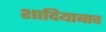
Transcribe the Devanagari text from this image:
शादियाबाद